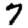
Digit: 7